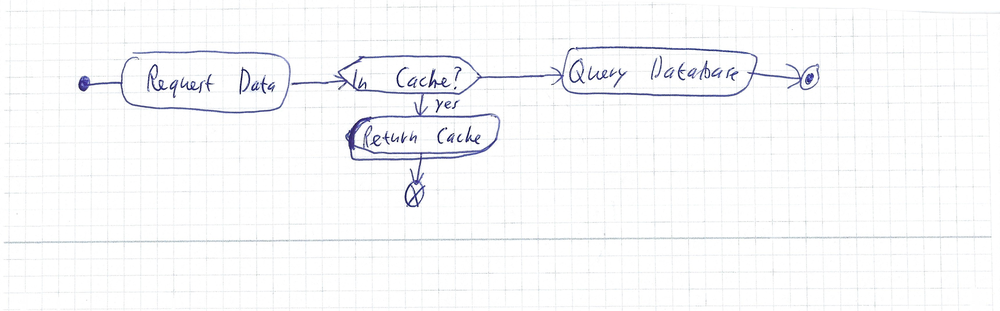
Diagram type: activity_diagram
```plantuml
@startuml

start
:Request Data;
if (In Cache?) then (yes)
  :Return Cache;
  end
endif
:Query Database;
stop

@enduml
```